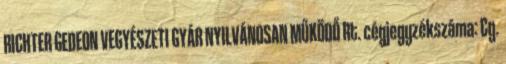
RICHTER GEDEON VEGYÉSZETI GYÁR NYILVÁNOSAN MŰKÖDŐ Rt. cégjegyzékszáma: Cg.